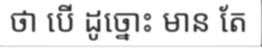
ថា បើ ដូច្នោះ មាន តែ